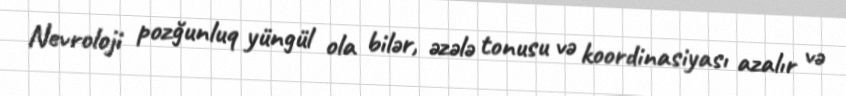
Nevroloji pozğunluq yüngül ola bilər, əzələ tonusu və koordinasiyası azalır və